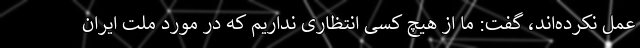
عمل نکرده‌اند، گفت: ما از هیچ کسی انتظاری نداریم که در مورد ملت ایران